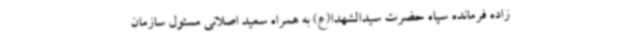
زاده فرمانده سپاه حضرت سیدالشهدا(ع) به همراه سعید اصلانی مسئول سازمان